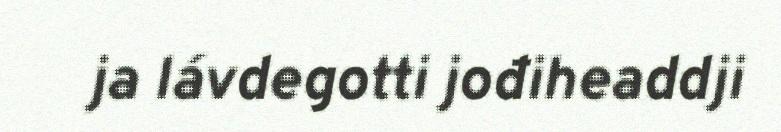
ja lávdegotti jođiheaddji